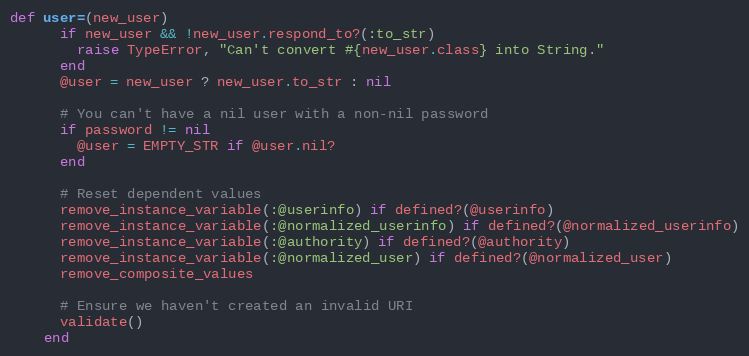
Language: Ruby
def user=(new_user)
      if new_user && !new_user.respond_to?(:to_str)
        raise TypeError, "Can't convert #{new_user.class} into String."
      end
      @user = new_user ? new_user.to_str : nil

      # You can't have a nil user with a non-nil password
      if password != nil
        @user = EMPTY_STR if @user.nil?
      end

      # Reset dependent values
      remove_instance_variable(:@userinfo) if defined?(@userinfo)
      remove_instance_variable(:@normalized_userinfo) if defined?(@normalized_userinfo)
      remove_instance_variable(:@authority) if defined?(@authority)
      remove_instance_variable(:@normalized_user) if defined?(@normalized_user)
      remove_composite_values

      # Ensure we haven't created an invalid URI
      validate()
    end